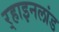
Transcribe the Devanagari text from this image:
र्‍हाइनलांड